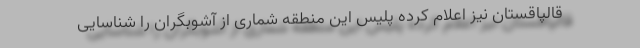
قالپاقستان نیز اعلام کرده پلیس این منطقه شماری از آشوبگران را شناسایی